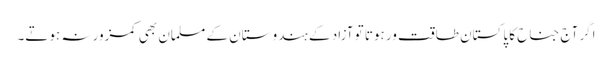
اگر آج جناح کا پاکستان طاقت ور ہوتا تو آزاد کے ہندوستان کے مسلمان بھی کمزور نہ ہوتے۔